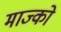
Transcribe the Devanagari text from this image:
माज्को